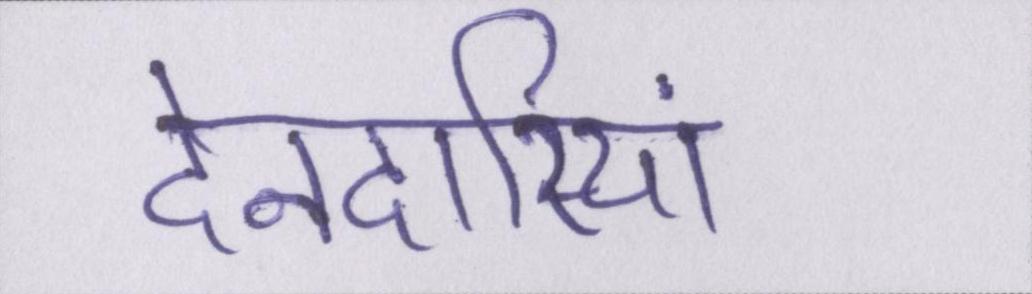
देनदारियां